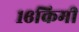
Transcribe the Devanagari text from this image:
१६किमी